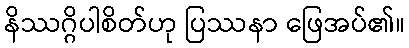
နိဿဂ္ဂိပါစိတ်ဟု ပြဿနာ ဖြေအပ်၏။